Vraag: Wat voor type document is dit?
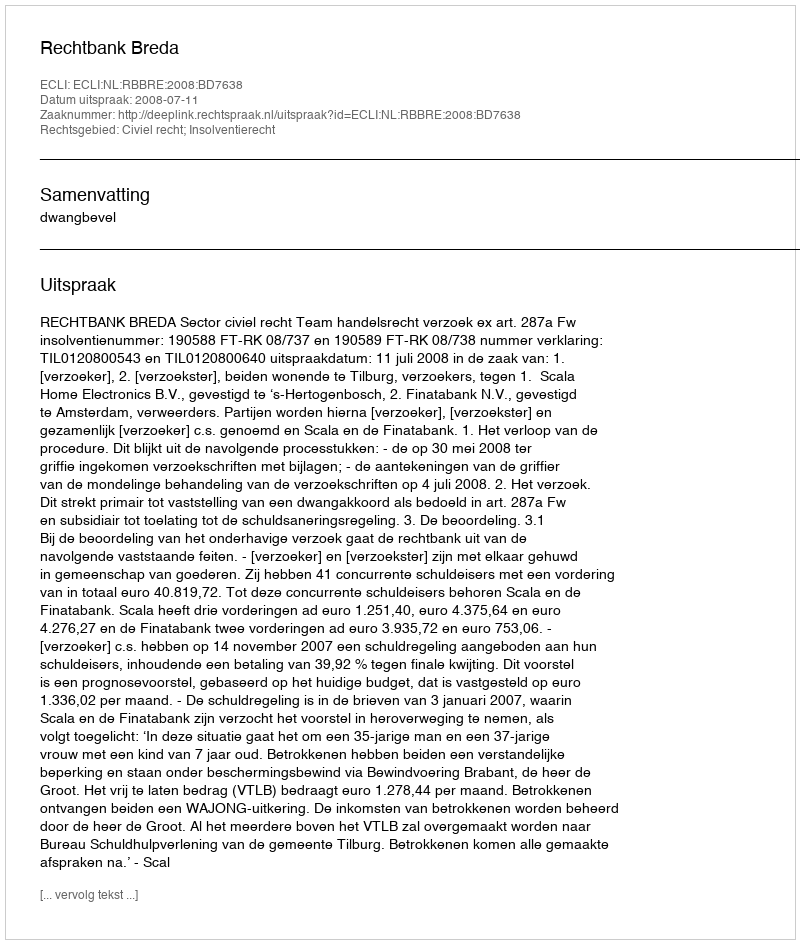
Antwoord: Uitspraak